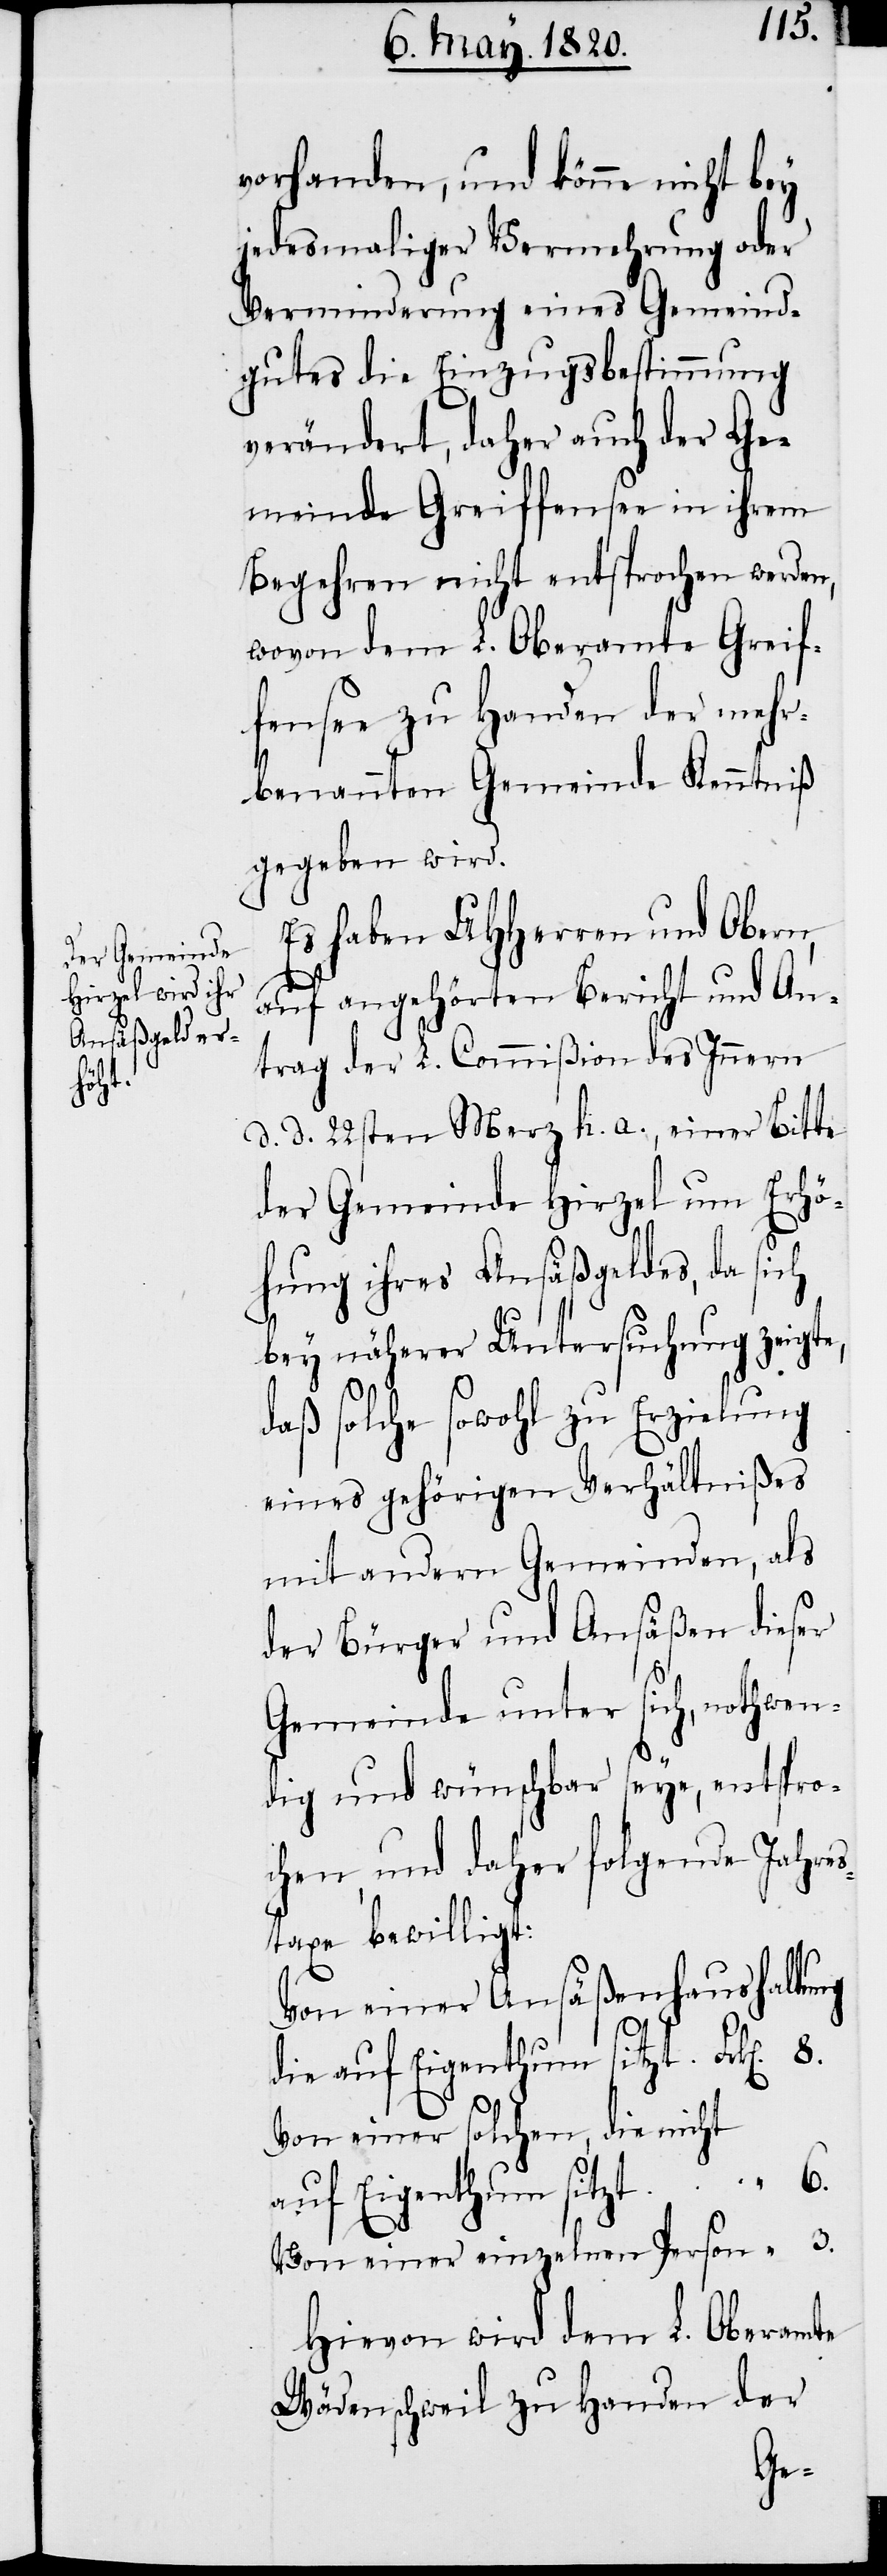
vorhanden, und könne nicht bey
jedesmaliger Vernehmung oder
Verminderung eines Gemeind¬
gutes die Einzugsbestimmung
verändert, daher auch der Ge¬
meinde Greiffensee in ihrem
Begehren nicht entsprochen werden,
wovon dem L. Oberamte Greif¬
fensee zu Handen der mehr¬
benannten Gemeinde Kenntniβ
gegeben wird.
Es haben UHHerren und Obern,
auf angehörten Bericht und An¬
trag der L. Commiβion des Innern
d. d. 22sten Merz h. a., einer Bitte
der Gemeinde Hirzel um Erhö¬
hung ihres Ansäßgeldes, da sich
bey näherer Untersuchung zeigte,
daß solche sowohl zu Erzielung
eines gehörigen Verhältnißes
mit andern Gemeinden, als
der Bürger und Ansäßen dieser
Gemeinde unter sich, nothwen¬
dig und wünschbar seye, entspro¬
chen, und daher folgende Jahre¬
staxe bewilligt:
Von einer Ansäßenhaushaltung
die auf Eigenthum sitzt. Frk[en].
Von einer solchen, die nicht
auf Eigenthum sitzt. “	 6.
Von einer einzelnen Person.
Hievon wird dem L. Oberamte
Wädenschweil zu Handen der

3.